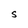
Character: S